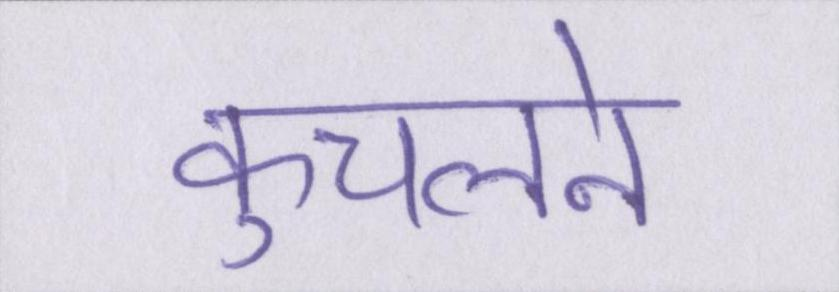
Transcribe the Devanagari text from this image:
कुचलने